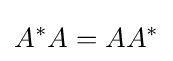
A^{\ast }A=AA^{\ast }